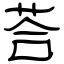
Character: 荅